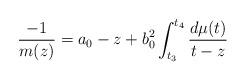
LaTeX: \begin{align*}\frac{-1}{m(z)}={a_0-z+b_0^2 \int_{t_3}^{t_4} \frac{d\mu(t)}{t-z}}\end{align*}